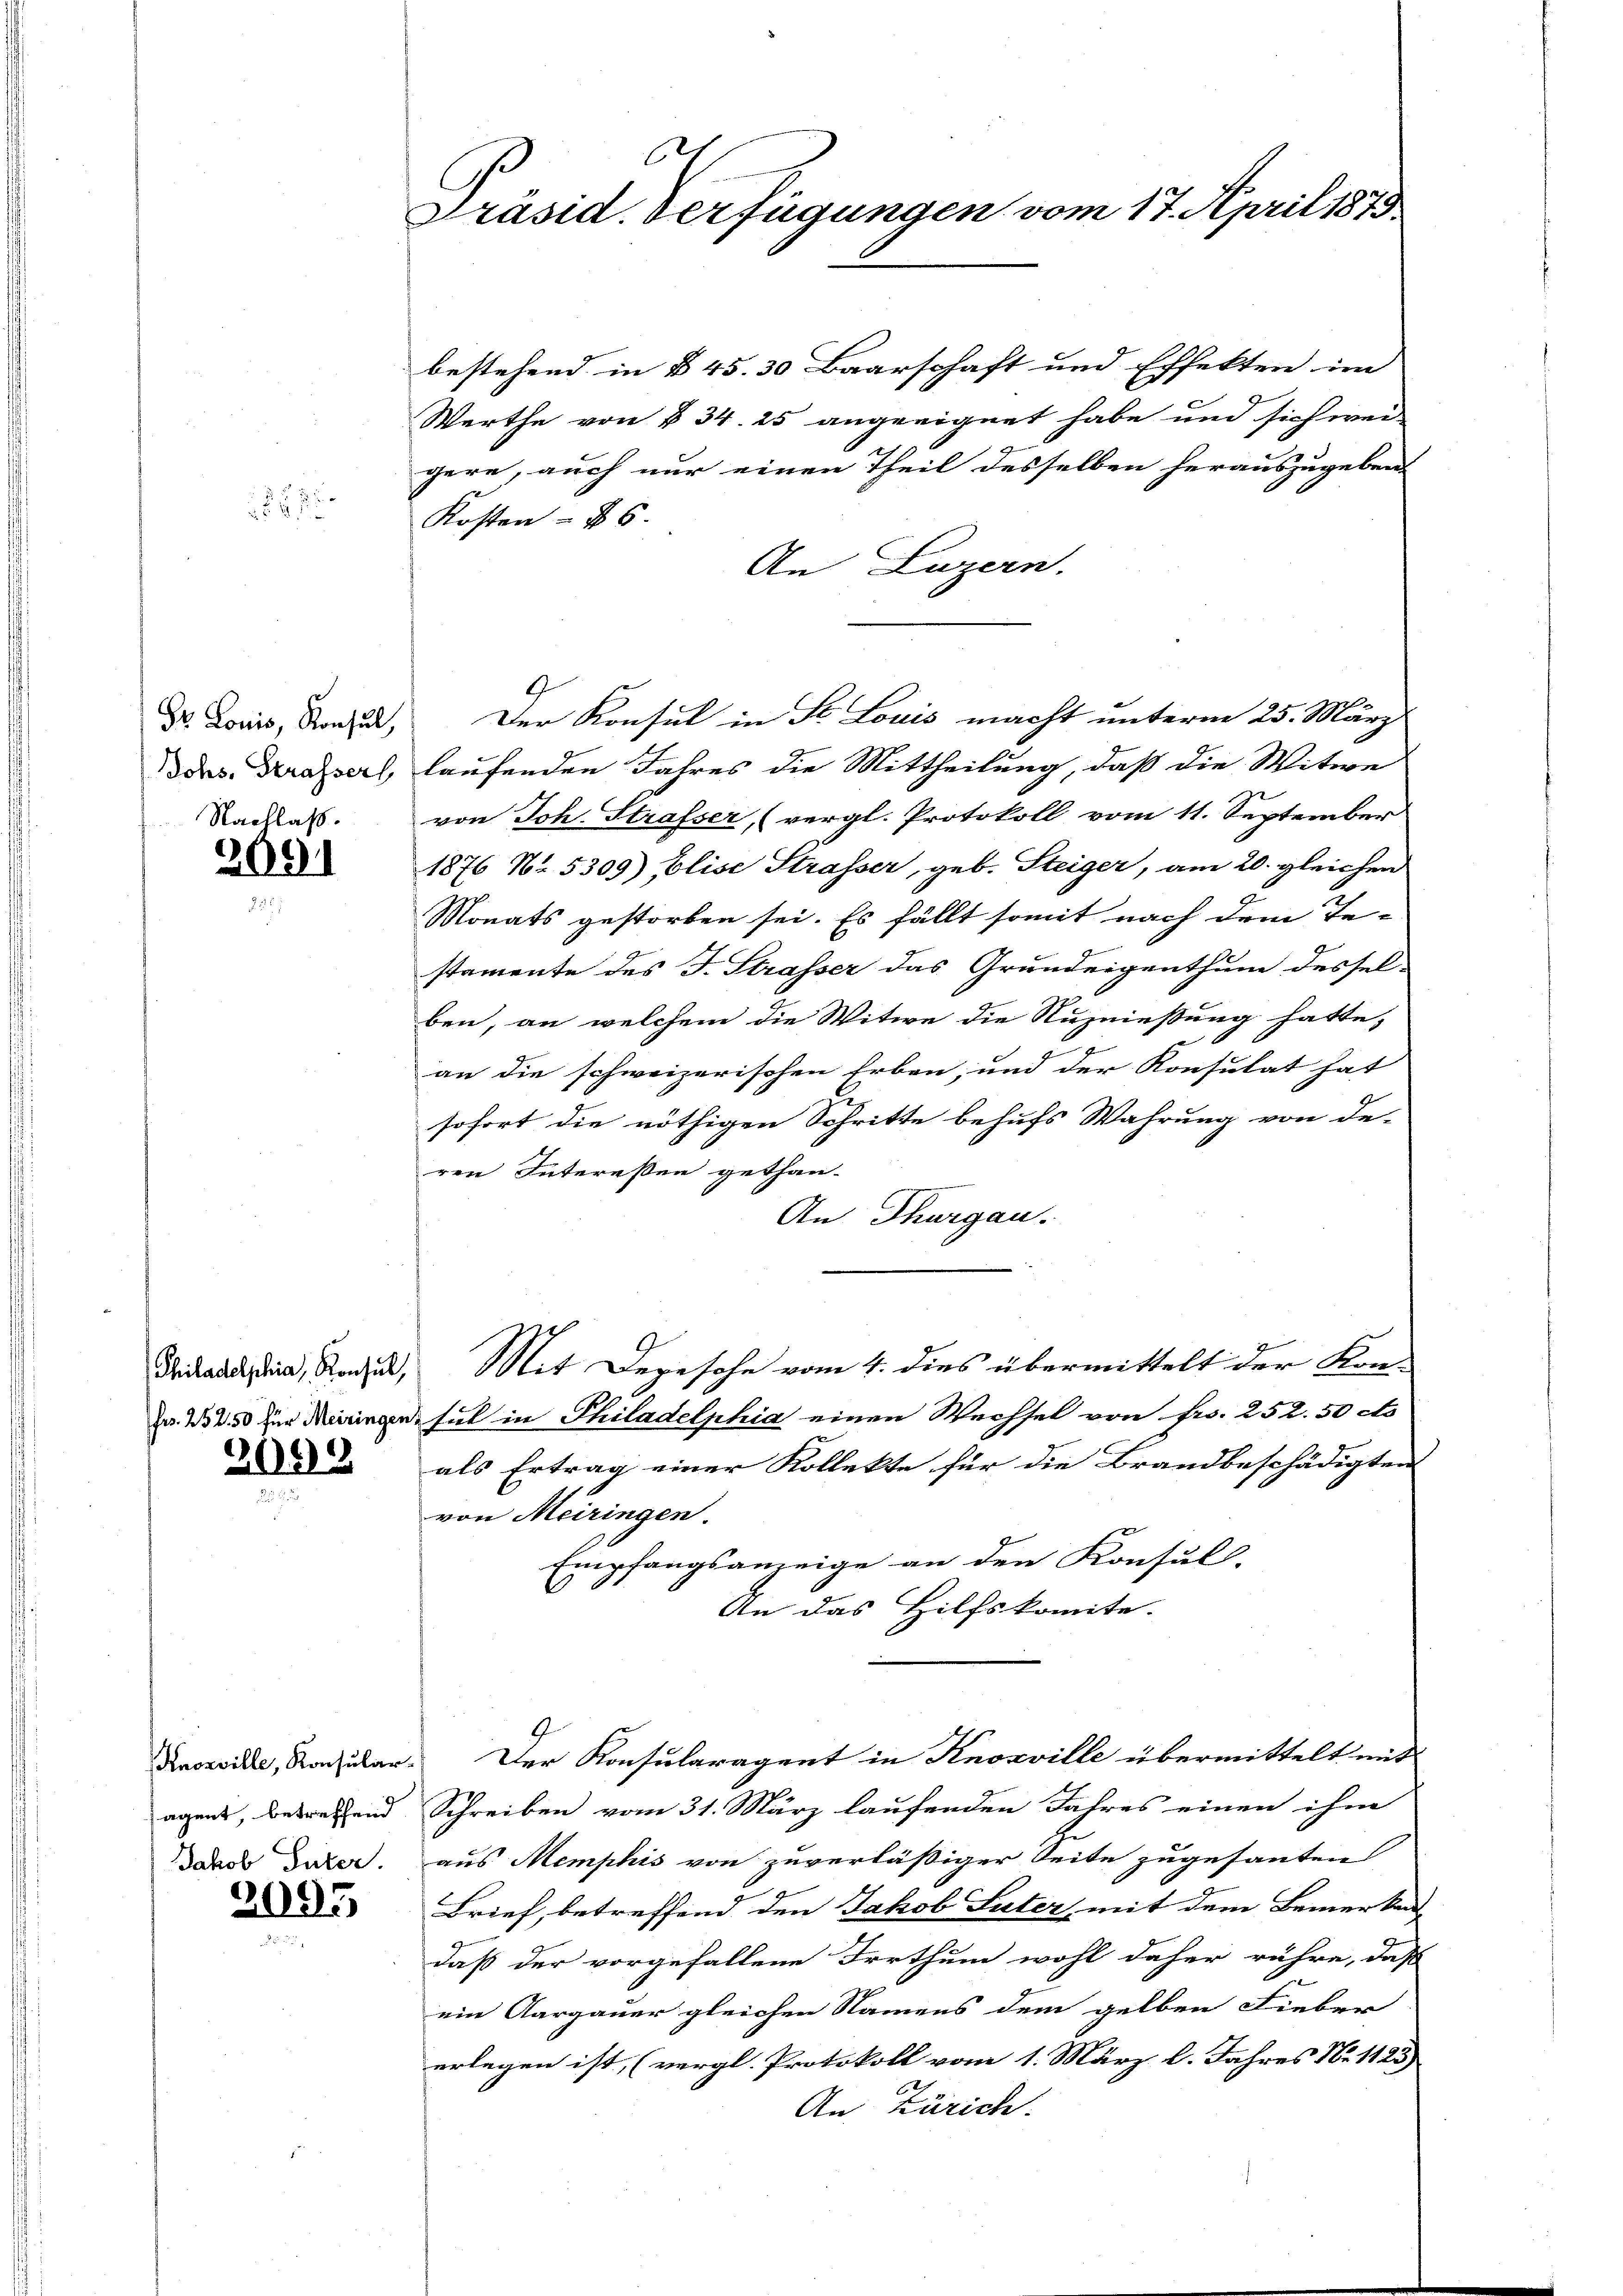
5

Nachlaß.

2091

2092

2
Präsid. Verfügungen vom 17. April 1873.

bestehend in § 45. 30 Baarschaft und Effekten im
Werthe von § 34. 25 angeeignet habe und sich wei-
gern, auch nur einen Theil desselben herauszugeben.
Kosten - 6.
An Luzern.
Dr. Louis, Konsul, Der Konsul in St. Louis macht unterm 25. März
ddes Kasal, laufenden Jahres die Mittheilung, daß die Witwe
von Joh. Strafser, (vergl. Protokoll vom 11. September
1876 No. 5309) Elise Strasser, geb. Steiger, am 20. gleichen
Monats gestorben sei. Es fällt somit nach dem Te-
stamente des J. Strasser das Grundeigenthum desselben, an welchem die Witwe die Nuzniessung hatte,
an die schweizerischen Erben, und der Konsulat hat
sofort die nöthigen Schritte behufs Wahrung von de-
ren Interessen gethan-
An Thurgau.
Fridandia, Radel, Mit Degesche vom 4. dies übermittelt der Kon-
Fr. 1250 für irgen, sul in Philadelphia einen Wechsel von Fr. 252. 50 co
als Ertrag einer Kollekte für die Brandbeschädigten
von Meiringen.
Empfangsanzeige an den Konsull-
An das Hilfskomite.
Knosville, Konsular. Der Konsularagent in Knosville übermittelt mit
agens, betreffend Schreiben vom 31. März laufenden Jahres einen ihm
dass daher aus Memphis von zuverläßiger Seite zugesanten
Dr Brief, betreffend den Jakob Suter mit dem Bemerken
daß der vorgefallene Irrthum wohl daher rühre, daß
ein Aargauer gleichen Namens dem gelben Fieber
erlegen ist, (vergl. Protokoll vom 1. März l. Jahres Nr 1125)
An Zürich.